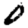
Digit: 0